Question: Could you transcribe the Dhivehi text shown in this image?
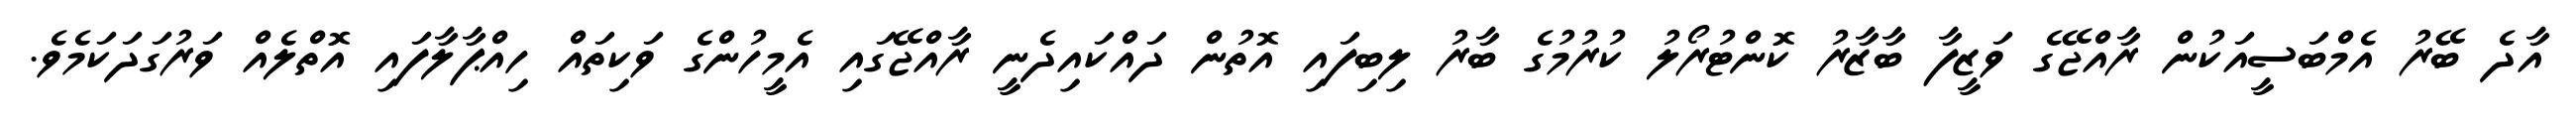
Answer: އާދެ ބޭރު އެމްބަސީއަކުން ރާއްޖޭގެ ވަޒީފާ ބާޒާރު ކޮންޓުރޯލު ކުރުމުގެ ބާރު ލިބިފައި އޮތުން ދައްކައިދެނީ ރާއްޖޭގައި އެމީހުންގެ ވަކިތައް ހިއްޕާލާފައި އޮތްލެއް ވަރުގަދަކަމެވެ.